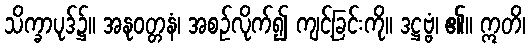
သိက္ခာပုဒ်၌။ အနုဝတ္တနံ၊ အစဉ်လိုက်၍ ကျင့်ခြင်းကို။ ဒဋ္ဌဗ္ဗံ၊ ၏။ ဣတိ၊